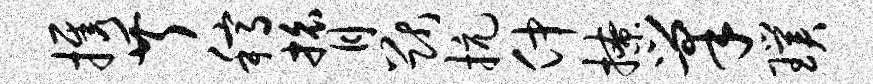
携芹稿膂猷抗仲撩巢璞